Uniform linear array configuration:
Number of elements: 24
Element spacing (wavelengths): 1
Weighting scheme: hamming
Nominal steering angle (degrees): -15
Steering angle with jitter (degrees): -16.034
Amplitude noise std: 0.05
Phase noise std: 0.05

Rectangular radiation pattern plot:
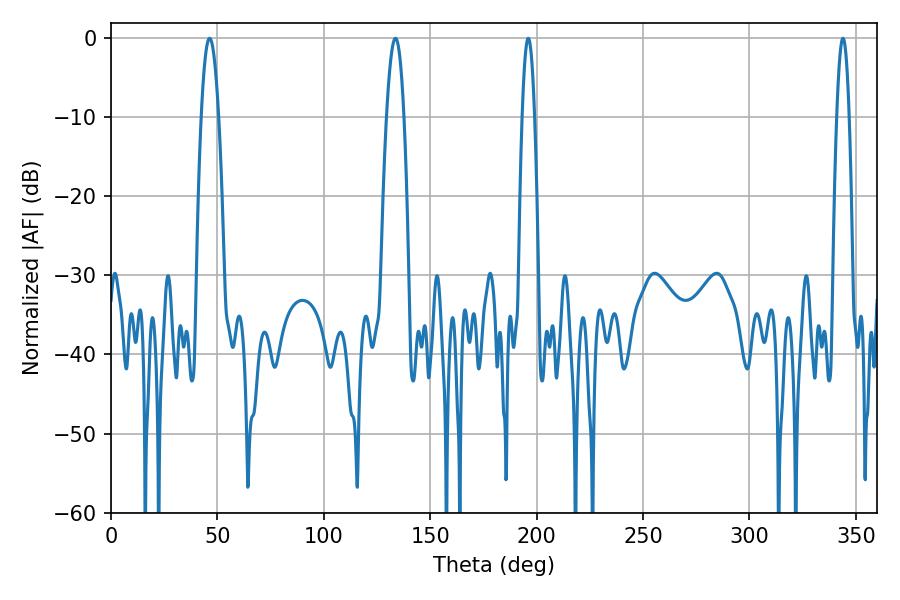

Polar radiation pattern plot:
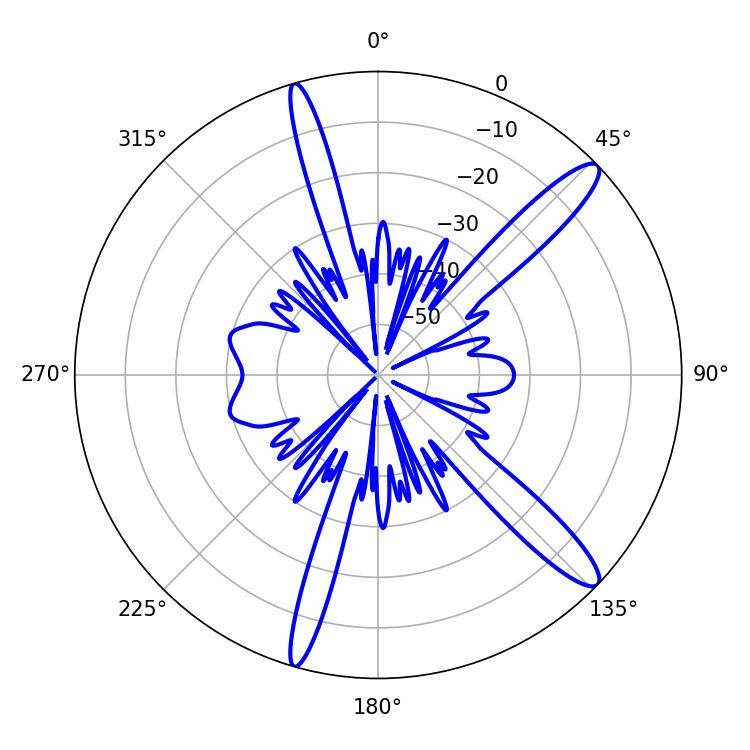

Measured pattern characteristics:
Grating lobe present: TRUE
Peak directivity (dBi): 13.513
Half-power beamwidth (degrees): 3.06
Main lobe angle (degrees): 196.02